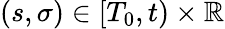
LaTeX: (s,\sigma)\in[T_{0},t)\times\mathbb{R}